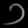
Digit: ၁